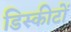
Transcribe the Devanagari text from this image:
डिस्कीटों